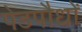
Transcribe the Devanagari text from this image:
पेडपौधों